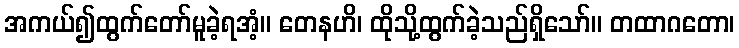
အကယ်၍ထွက်တော်မူခဲ့ရအံ့။ တေနဟိ၊ ထိုသို့ထွက်ခဲ့သည်ရှိသော်။ တထာဂတော၊